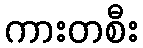
ကားတစီး